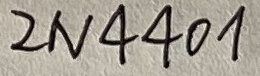
Text: 2N4401